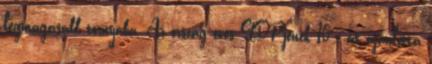
legmagasabb tornyába. Az ország éves GDP-jének 10 %-át ajánlotta